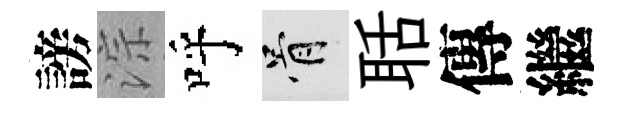
謗淙呼骨聒傳繼